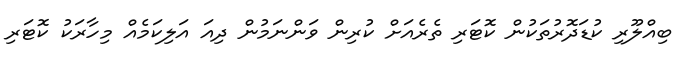
ބިއްލޫރި ކުޑަދޮރުތަކުން ކޮޓަރި ތެރެއަށް ކުރިން ވަންނަމުން ދިއަ އަލިކަމެއް މިހާރަކު ކޮޓަރި